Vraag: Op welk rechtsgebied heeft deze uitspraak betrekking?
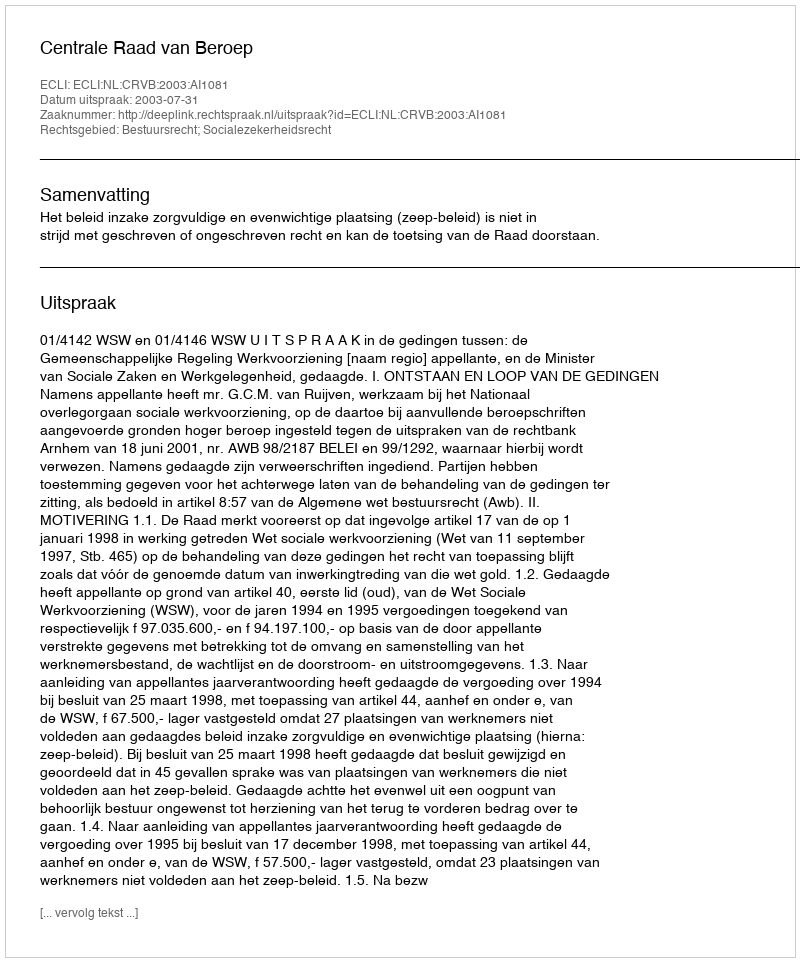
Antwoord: Bestuursrecht; Socialezekerheidsrecht